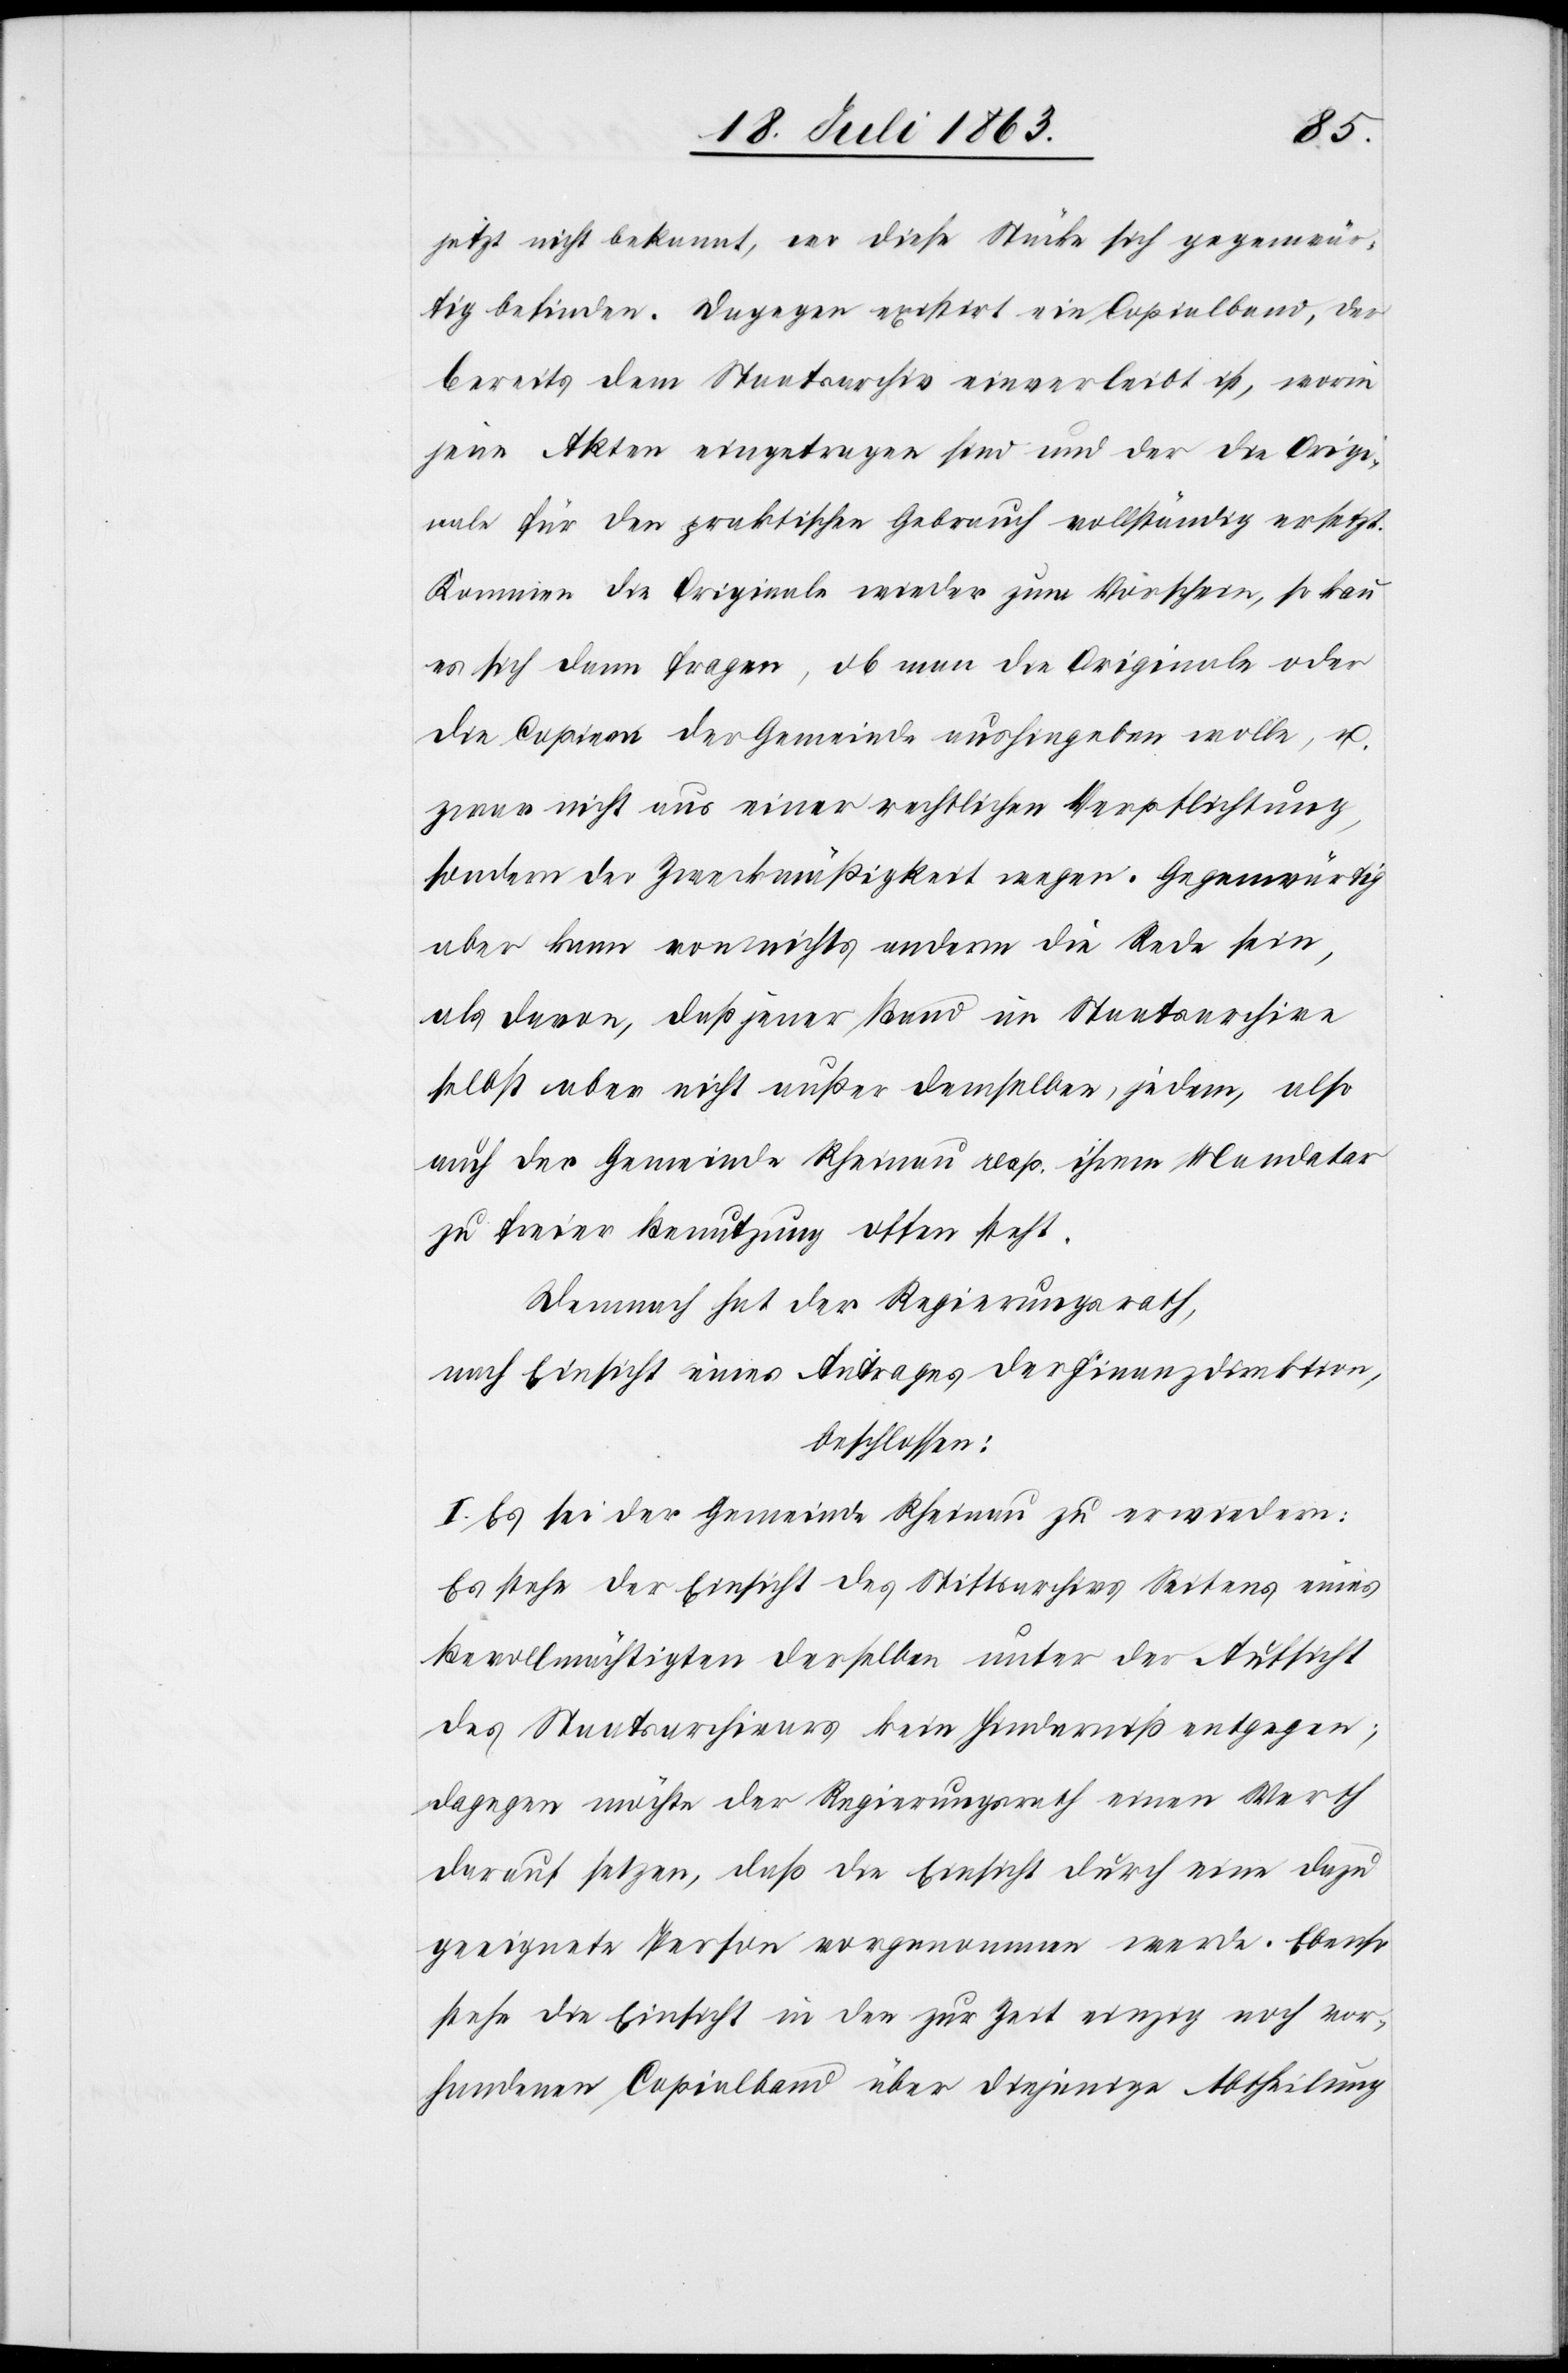
jetzt nicht bekannt, wo diese Stücke sich gegenwär¬
tig befinden. Dagegen existirt ein Copialband, der
bereits dem Staatsarchiv einverleibt ist, worin
jene Akten eingetragen sind und der die Origi¬
nale für den praktischen Gebrauch vollständig ersetzt.
Kommen die Originale wieder zum Vorschein, so kann
es sich dann fragen, ob man die Originale oder
die Copieen der Gemeinde aushingeben wolle, u.
zwar nicht aus einer rechtlichen Verpflichtung,
sondern der Zweckmäßigkeit wegen. Gegenwärtig
aber kann von nichts anderm die Rede sein,
als davon, daß jener Band im Staatsarchive
selbst aber nicht außer demselben, jedem, also
auch der Gemeinde Rheinau resp. ihrem Mandatar
zu freier Benutzung offen steht.
Demnach hat der Regierungsrath,
nach Einsicht eines Antrages der Finanzdirektion,
beschlossen:
I. Es sei der Gemeinde Rheinau zu erwiedern:
Es stehe der Einsicht des Stiftsarchives Seitens eines
Bevollmächtigten derselben unter der Aufsicht
des Staatsarchivars kein Hinderniß entgegen;
dagegen möchte der Regierungsrath einen Werth
darauf setzen, daß die Einsicht durch eine dazu
geeignete Person vorgenommen werde. Ebenso
stehe die Einsicht in den zur Zeit einzig noch vor¬
handenen Copialband über diejenige Abtheilung